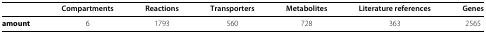
|  | Compartments | Reactions | Transporters | Metabolites | Literature references | Genes |
 | --- | --- | --- | --- | --- | --- | --- |
 | amount | 6 | 1793 | 560 | 728 | 363 | 2565 |